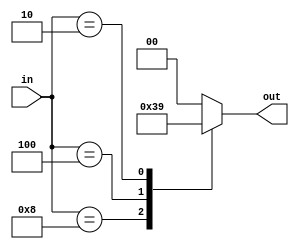
`timescale 1ns / 1ps

module encoder4to2(input [3:0] in,
                   output reg [1:0] out);
						 
always@(*) begin
	case (in)
		4'b1000: out = 2'b11;
		4'b0100: out = 2'b10;
		4'b0010: out = 2'b01;
		4'b0001: out = 2'b00;
		default: out = 2'b00;
	endcase
end

endmodule